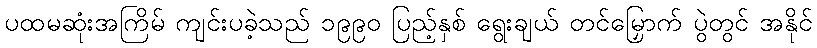
ပထမဆုံးအကြိမ် ကျင်းပခဲ့သည် ၁၉၉၀ ပြည့်နှစ် ရွေးချယ် တင်မြှောက် ပွဲတွင် အနိုင်